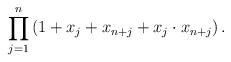
LaTeX: \begin{align*} \prod_{j=1}^n \left(1+ x_j+ x_{n+j}+ x_j\cdot x_{n+j}\right) .\end{align*}